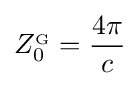
Z_{0}^{_{\mathrm {G} }}={\frac {4\pi }{c}}